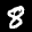
Label: 8